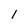
Character: 1